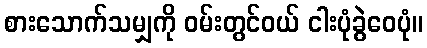
စားသောက်သမျှကို ဝမ်းတွင်ဝယ် ငါးပုံခွဲဝေပုံ။